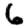
Digit: 6